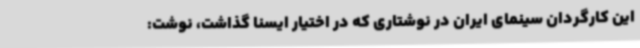
این کارگردان سینمای ایران در نوشتاری که در اختیار ایسنا گذاشت، نوشت: